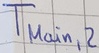
Text: TMain,2